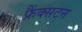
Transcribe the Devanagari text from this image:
फ्रैंक्सटन